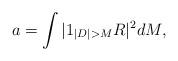
LaTeX: \begin{align*}a = \int | 1_{|D| > M} R|^2 dM,\end{align*}